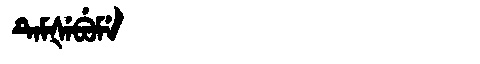
Manchu: ᡨᡝᠮᡧᡝᠪᡠᠮᡝ
Romanization: TEMŠEBUME